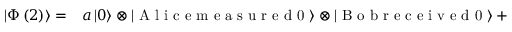
\begin{array} { r l } { \left| \Phi \left( 2 \right) \right\rangle = } & { { } a \left| 0 \right\rangle \otimes \left| \textrm { A l i c e m e a s u r e d 0 } \right\rangle \otimes \left| \textrm { B o b r e c e i v e d 0 } \right\rangle + } \end{array}